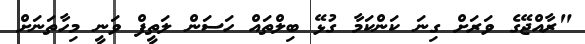
"ރާއްޖޭގެ ވަރަށް ގިނަ ކަންކަމާ ގުޅޭ ބިލްތައް ހަސަން ލަތީފް ވަނީ މިހާތަނަށް